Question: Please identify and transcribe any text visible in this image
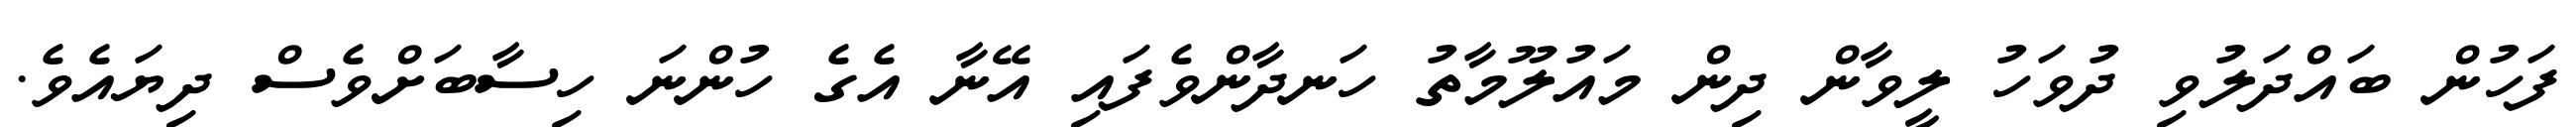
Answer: ފަހުން ބައްދަލުވި ދުވަހު ލީވާން ދިން މައުލޫމާތު ހަނދާންވެފައި އޭނާ އެގެ ހުންނަ ހިސާބަށްވެސް ދިޔައެވެ.